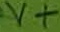
Text: V+